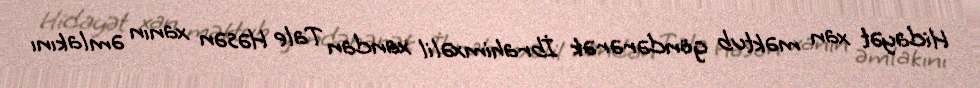
Hidayət xan məktub göndərərək İbrahimxəlil xandan Tale Həsən xanın əmlakını